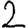
Digit: 2